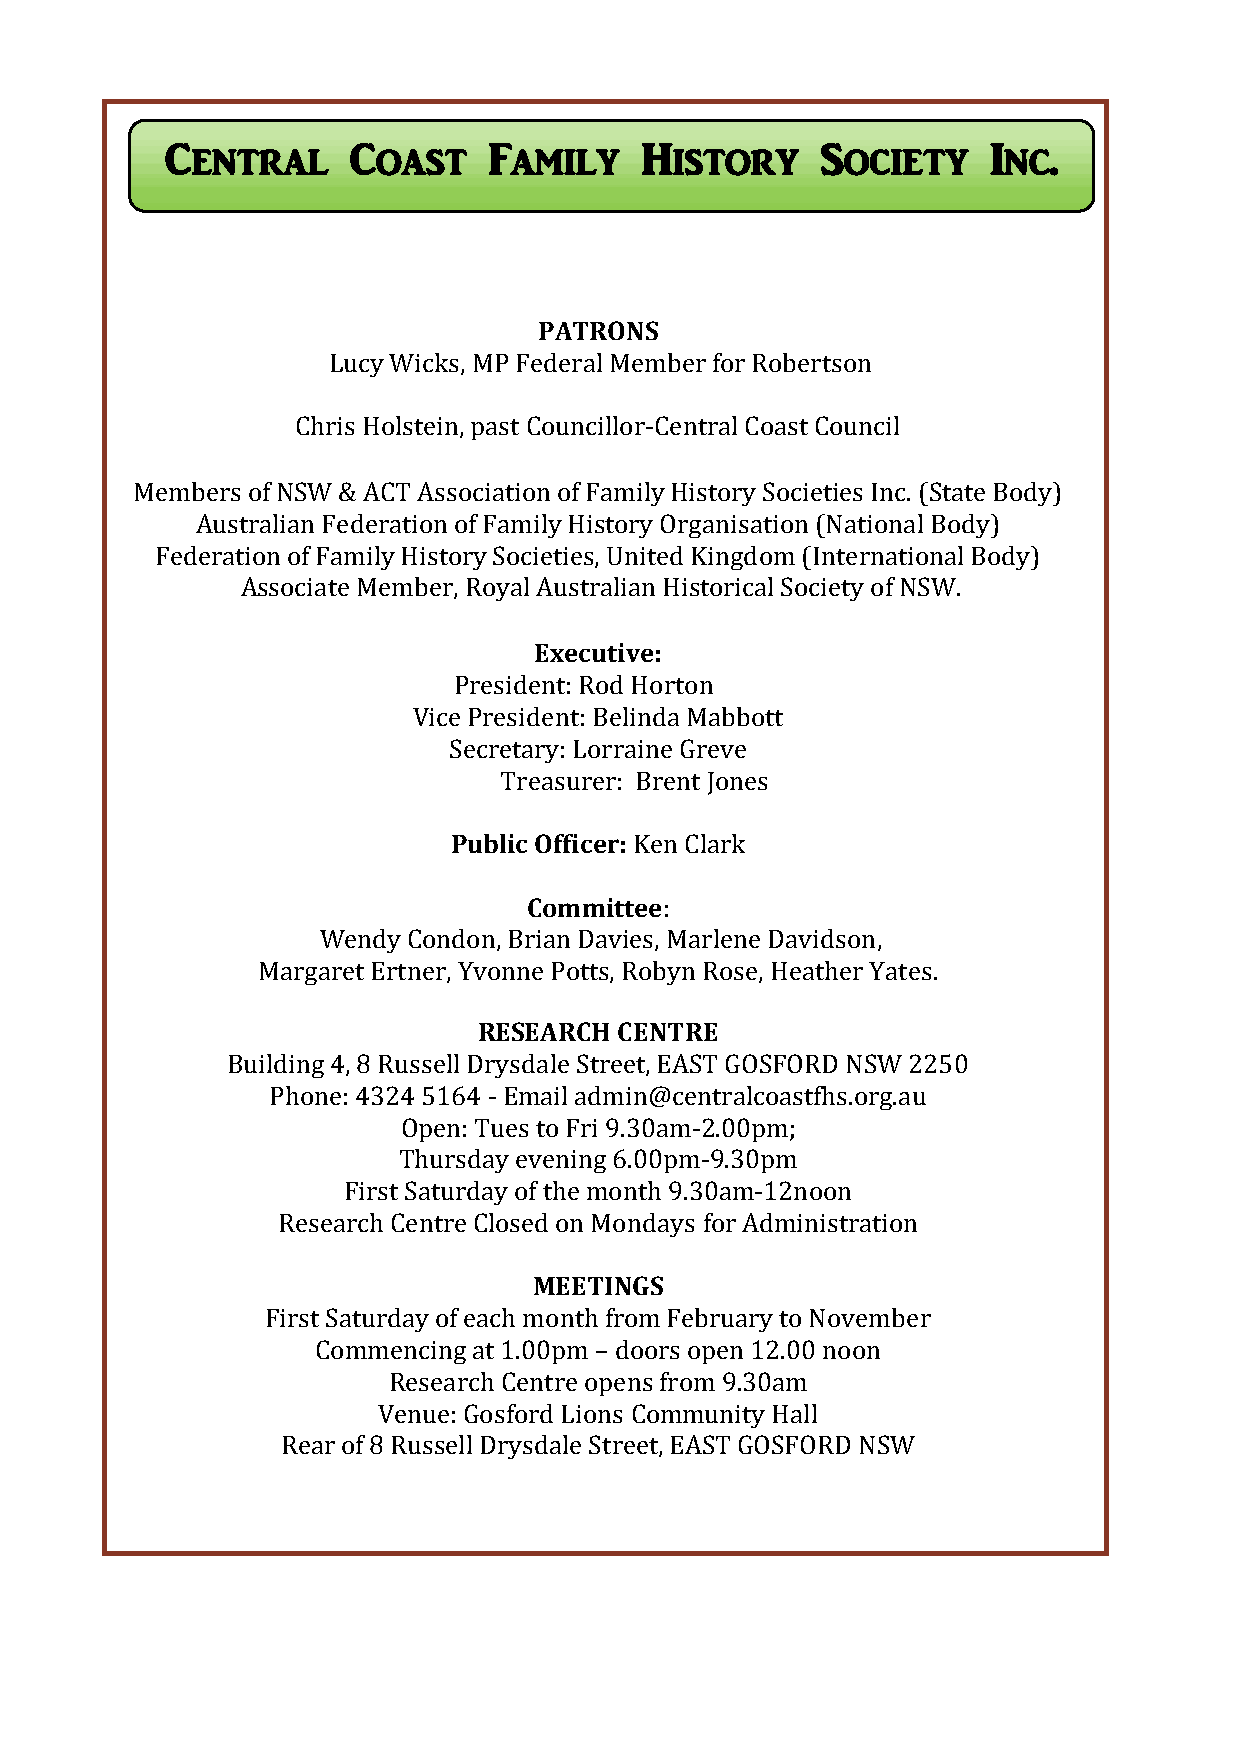
Central     Coast    Family    History     Society     Inc.
 PATRONS
 Lucy Wicks, MP Federal Member for Robertson
 Chris Holstein, past Councillor-Central Coast Council
 Members of NSW & ACT Association of Family History Societies Inc. (State Body)
 Australian Federation of Family History Organisation (National Body)
 Federation of Family History Societies, United Kingdom (International Body)
 Associate Member, Royal Australian Historical Society of NSW.
 Executive:
 President: Rod Horton
 Vice President: Belinda Mabbott
 Secretary: Lorraine Greve
 Treasurer: Brent Jones
 Public Officer: Ken Clark
 Committee:
 Wendy Condon, Brian Davies, Marlene Davidson,
 Margaret Ertner, Yvonne Potts, Robyn Rose, Heather Yates.
 RESEARCH CENTRE
 Building 4, 8 Russell Drysdale Street, EAST GOSFORD NSW 2250
 Phone: 4324 5164 - Email admin@centralcoastfhs.org.au
 Open: Tues to Fri 9.30am-2.00pm;
 Thursday evening 6.00pm-9.30pm
 First Saturday of the month 9.30am-12noon
 Research Centre Closed on Mondays for Administration
 MEETINGS
 First Saturday of each month from February to November
 Commencing at 1.00pm – doors open 12.00 noon
 Research Centre opens from 9.30am
 Venue: Gosford Lions Community Hall
 Rear of 8 Russell Drysdale Street, EAST GOSFORD NSW